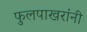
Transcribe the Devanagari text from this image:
फुलपाखरांनी